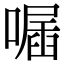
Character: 𠽣